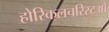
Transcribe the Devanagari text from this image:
होरिकलचरिस्टओ